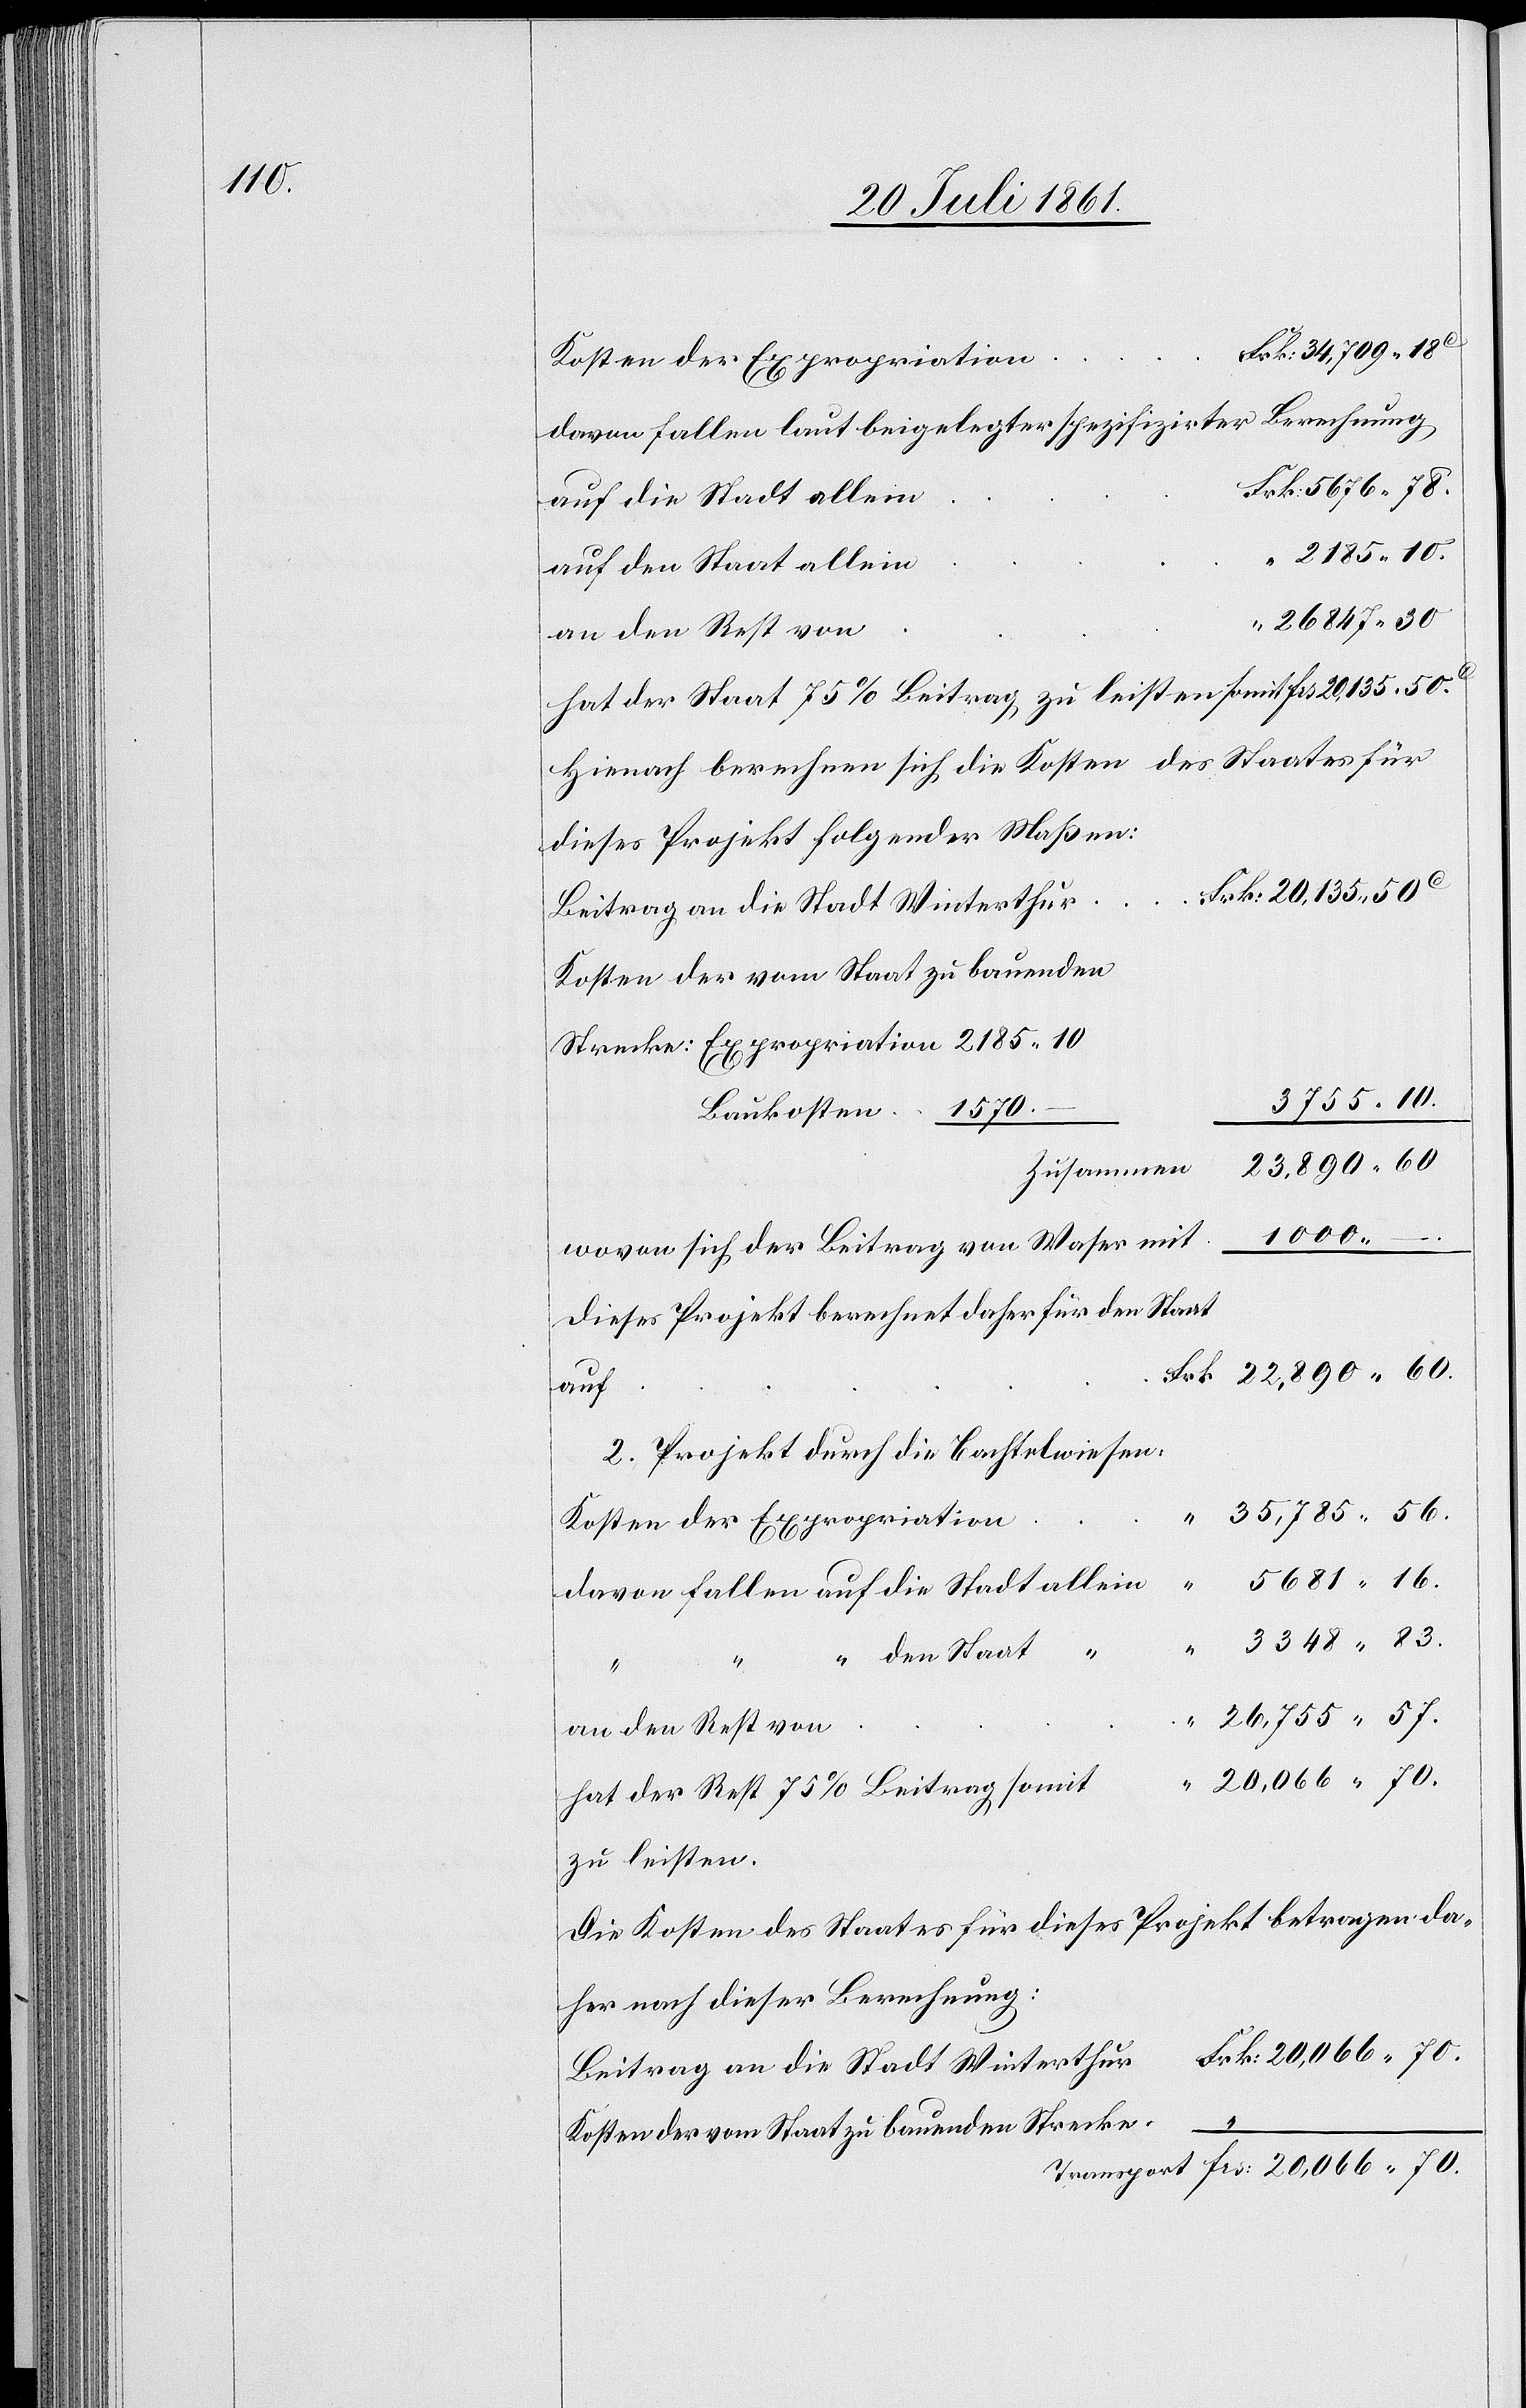
n	Frk. 34,709.1
Kosten der Expropriatio¬
davon fallen laut beigelegter spezifizirter Berechnung
n	Frk. 5676.78.
auf die Stadt allei¬
2185.10
26847.50
hat der Staat 75 % Beitrag zu leisten somit 						Frs.
Hienach berechnen sich die Kosten des Staates für
dieses Projekt folgender Maßen:
Kosten der vom Staat zu bauenden
Strecke: Expropriation 2185.10
Baukosten	 1570.
22,890.60
wovon sich der Beitrag von Waser
dieses Projekt berechnet daher für den Staat
auf
2. Projekt durch die Bachtelwiesen.
3348.83
den Staat
Frs:
26,755.57
20,066.70
zu leisten.
Die Kosten des Staates für dieses Projekt betragen da¬
her nach dieser Berechnung:
Beitrag an die Stadt Winterthur						Frk. 20,066.70